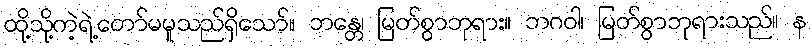
ထို့သို့ကဲ့ရဲ့တော်မမူသည်ရှိသော်။ ဘန္တေ၊ မြတ်စွာဘုရား။ ဘဂဝါ၊ မြတ်စွာဘုရားသည်။ န